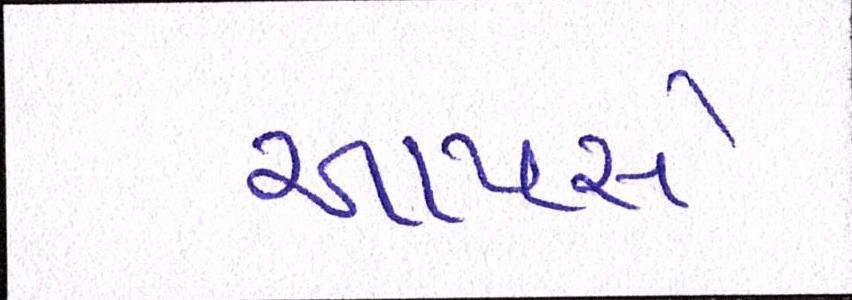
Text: આપસે